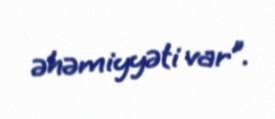
əhəmiyyəti var”.